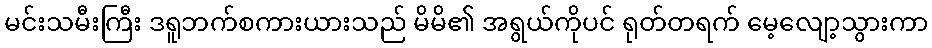
မင်းသမီးကြီး ဒရူဘက်စကားယားသည် မိမိ၏ အရွယ်ကိုပင် ရုတ်တရက် မေ့လျော့သွားကာ